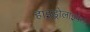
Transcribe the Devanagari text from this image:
हाइड्रोलाइपेस